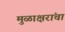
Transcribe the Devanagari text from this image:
मुळाक्षरांचा